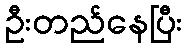
ဦးတည်နေပြီး